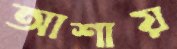
আশায়